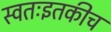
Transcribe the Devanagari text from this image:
स्वतःइतकीच